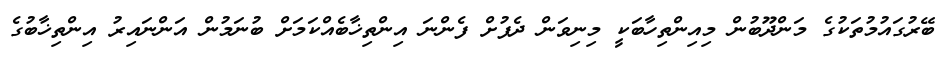
ބޭރުގައުމުތަކުގެ މަންދޫބުން މިއިންތިހާބަކީ މިނިވަން ދެފުށް ފެންނަ އިންތިޚާބެއްކަމަށް ބުނަމުން އަންނައިރު އިންތިޚާބުގެ